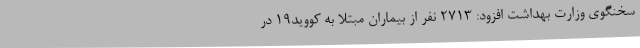
سخنگوی وزارت بهداشت افزود: 2713 نفر از بیماران مبتلا به کووید19 در